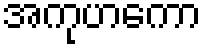
အကုဟကော